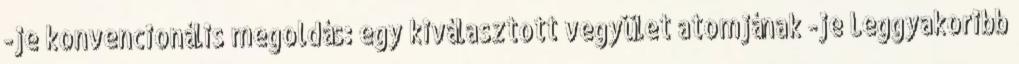
-je konvencionális megoldás: egy kiválasztott vegyület atomjának -je Leggyakoribb